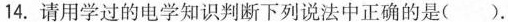
14.请用学过的电学知识判断下列说法中正确的是()。